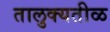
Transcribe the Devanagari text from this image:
तालुक्यतीळ